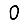
Digit: 0